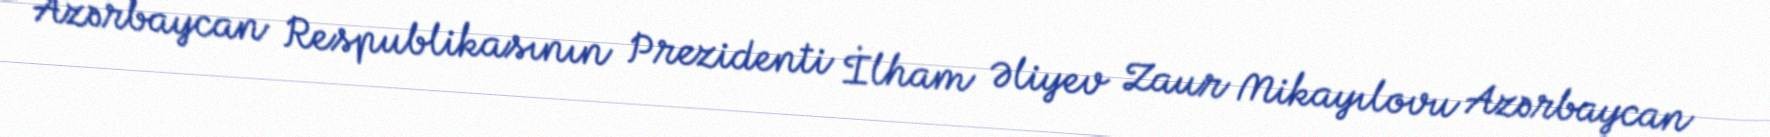
Azərbaycan Respublikasının Prezidenti İlham Əliyev Zaur Mikayılovu Azərbaycan